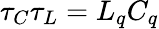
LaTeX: \tau_{C}\tau_{L}=L_{q}C_{q}